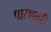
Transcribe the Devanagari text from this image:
पासबानी